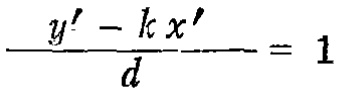
\frac{y' - kx'}{d} = 1